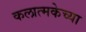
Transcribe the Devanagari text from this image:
कलात्मकेच्या